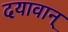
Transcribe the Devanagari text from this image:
दयावान्